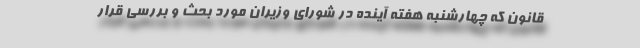
قانون که چهارشنبه هفته آینده در شورای وزیران مورد بحث و بررسی قرار